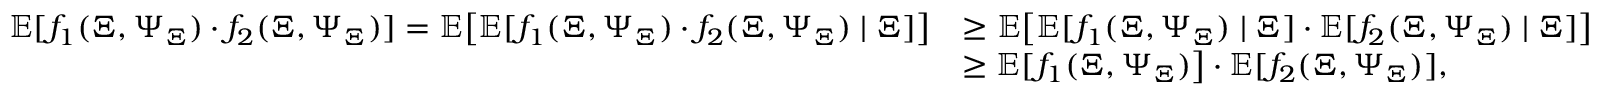
\begin{array} { r l } { \mathbb E [ f _ { 1 } ( \Xi , \Psi _ { \Xi } ) \cdot f _ { 2 } ( \Xi , \Psi _ { \Xi } ) ] = \mathbb E \big [ \mathbb E [ f _ { 1 } ( \Xi , \Psi _ { \Xi } ) \cdot f _ { 2 } ( \Xi , \Psi _ { \Xi } ) \mid \Xi ] \big ] } & { \ge \mathbb E \big [ \mathbb E [ f _ { 1 } ( \Xi , \Psi _ { \Xi } ) \mid \Xi ] \cdot \mathbb E [ f _ { 2 } ( \Xi , \Psi _ { \Xi } ) \mid \Xi ] \big ] } \\ & { \ge \mathbb E [ f _ { 1 } ( \Xi , \Psi _ { \Xi } ) \big ] \cdot \mathbb E [ f _ { 2 } ( \Xi , \Psi _ { \Xi } ) ] , } \end{array}